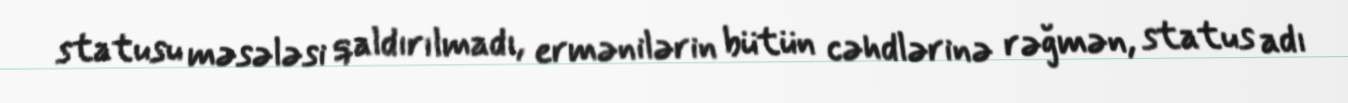
statusu məsələsi qaldırılmadı, ermənilərin bütün cəhdlərinə rəğmən, status adı